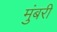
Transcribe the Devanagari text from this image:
मुंबरी